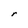
Character: r